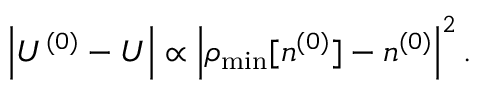
\left\vert { \cal U } ^ { ( 0 ) } - U \right\vert \propto \left\vert \rho _ { \mathrm { m i n } } [ n ^ { ( 0 ) } ] - n ^ { ( 0 ) } \right\vert ^ { 2 } .